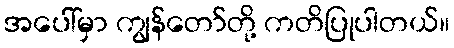
အပေါ်မှာ ကျွန်တော်တို့ ကတိပြုပါတယ်။